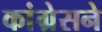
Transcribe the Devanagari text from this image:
कांग्रेसने